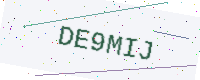
Text: DE9MIJ